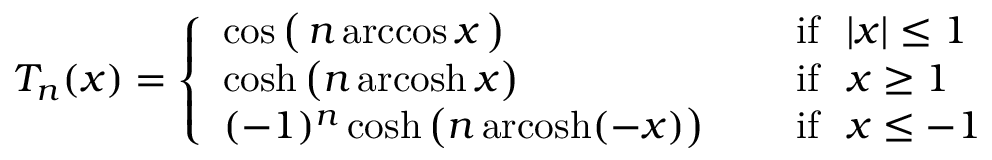
T _ { n } ( x ) = { \left\{ \begin{array} { l l } { \cos { \big ( } \, n \operatorname { a r c c o s } x \, { \big ) } \quad } & { { \mathrm { ~ i f ~ } } ~ | x | \leq 1 } \\ { \cosh { \big ( } n \operatorname { a r c o s h } x { \big ) } \quad } & { { \mathrm { ~ i f ~ } } ~ x \geq 1 } \\ { ( - 1 ) ^ { n } \cosh { \big ( } n \operatorname { a r c o s h } ( - x ) { \big ) } \quad } & { { \mathrm { ~ i f ~ } } ~ x \leq - 1 } \end{array} \right. }